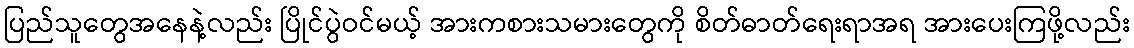
ပြည်သူတွေအနေနဲ့လည်း ပြိုင်ပွဲဝင်မယ့် အားကစားသမားတွေကို စိတ်ဓာတ်ရေးရာအရ အားပေးကြဖို့လည်း